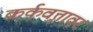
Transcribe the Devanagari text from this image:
कर्कवृत्तावर